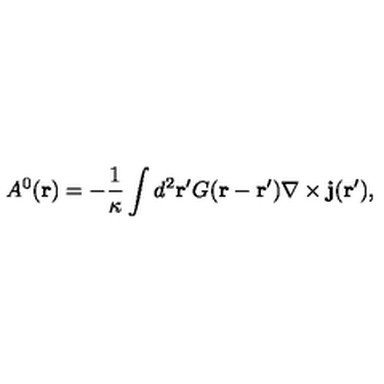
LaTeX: A ^ { 0 } ( { \bf r } ) = - \frac { 1 } { \kappa } \int d ^ { 2 } { \bf { r ^ { \prime } } } G ( { \bf r - r ^ { \prime } } ) { \bf \nabla } \times { \bf { j } } ( { \bf { r ^ { \prime } } } ) ,